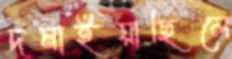
দমাইয়াছিলে